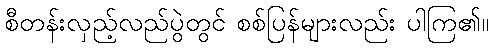
စီတန်းလှည့်လည်ပွဲတွင် စစ်ပြန်များလည်း ပါကြ၏။